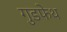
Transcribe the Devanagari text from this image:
गुडफेथ